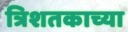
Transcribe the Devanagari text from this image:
त्रिशतकाच्या